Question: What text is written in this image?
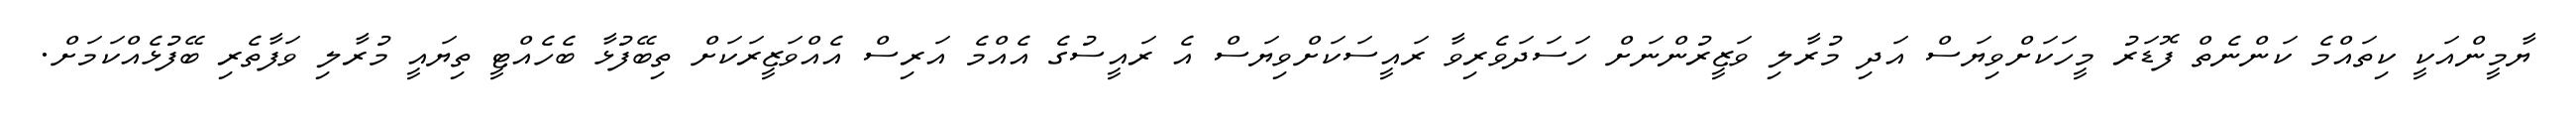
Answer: ޔާމީންއަކީ ކިތައްމެ ކަންނެތް ފޮޑަރު މީހަކަށްވިޔަސް އަދި މުރާލި ވަޒީރުންނަށް ހަސަދަވެރިވާ ރައީސަކަށްވިޔަސް އެ ރައީސުގެ އެއްމެ އަރިސް އެއްވަޒީރަކަށް ތިބޭފުޅާ ބެހެއްޓީ ތިޔައީ މުރާލި ވަފާތެރި ބޭފުޅެއްކަމަށް.